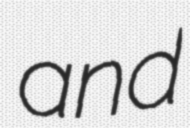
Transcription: and